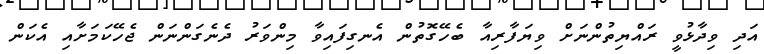
އަދި ވިދާޅުވީ ރައްޔިތުންނަށް ވިޔަފާރިއާ ބެހޭގޮތުން އެނގިފައިވާ މިންވަރު ދެނެގަންނަން ޖެހޭކަމަށާއި އެކަން